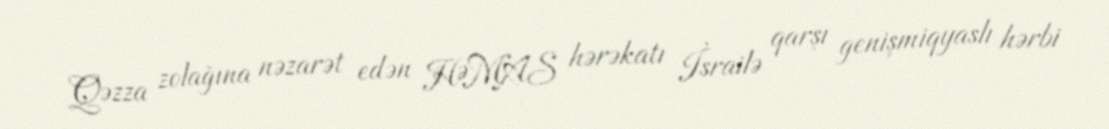
Qəzza zolağına nəzarət edən HƏMAS hərəkatı İsrailə qarşı genişmiqyaslı hərbi